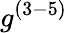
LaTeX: g^{(3-5)}